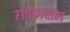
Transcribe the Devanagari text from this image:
रोपणक्षम